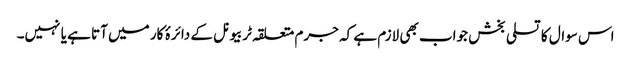
اس سوال کا تسلی بخش جواب بھی لازم ہے کہ جرم متعلقہ ٹربیونل کے دائرۂ کار میں آتا ہے یا نہیں۔